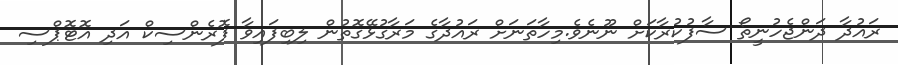
ރައުދާ ދަންޖެހުނީތޯ ސާފުކުރާކަށް ނޫނެވެ.މިހާތަނަށް ރައުދާގެ މަރާގުޅޭގޮތުން ލިބިފައިވާ ފޮރެންސިކް އަދި އޮޓޮޕްސި